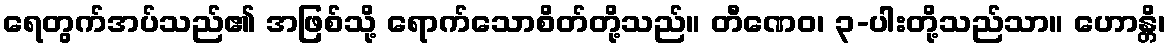
ရေတွက်အပ်သည်၏ အဖြစ်သို့ ရောက်သောစိတ်တို့သည်။ တီဏေဝ၊ ၃-ပါးတို့သည်သာ။ ဟောန္တိ၊